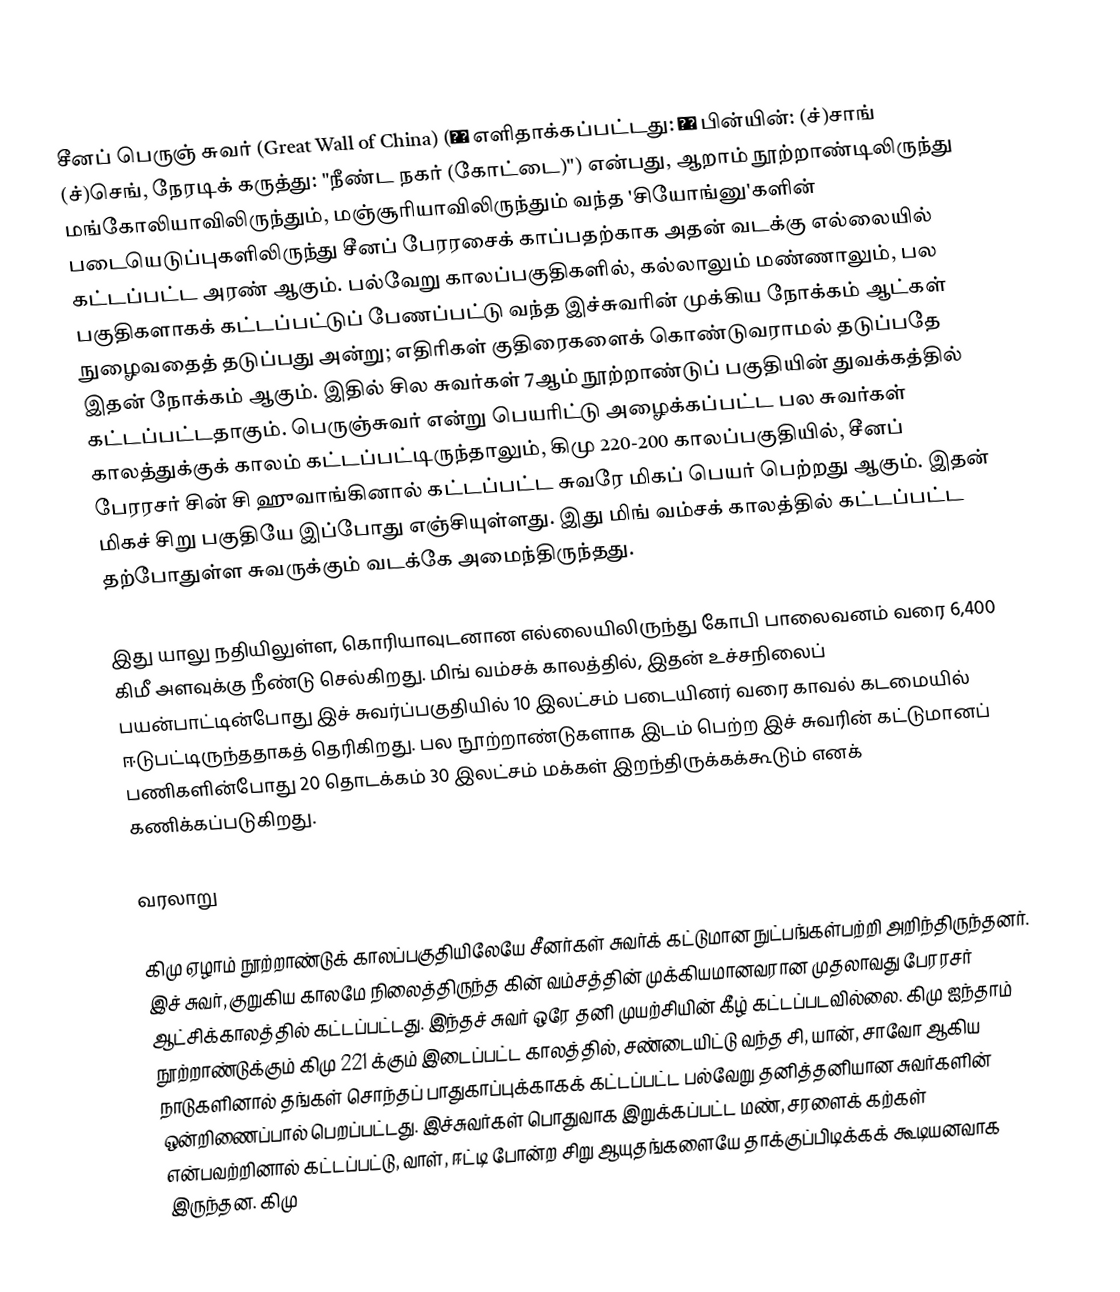
சீனப் பெருஞ் சுவர் (Great Wall of China) (長城 எளிதாக்கப்பட்டது: 长城 பின்யின்: (ச்)சாங் (ச்)செங், நேரடிக் கருத்து: "நீண்ட நகர் (கோட்டை)") என்பது, ஆறாம் நூற்றாண்டிலிருந்து மங்கோலியாவிலிருந்தும், மஞ்சூரியாவிலிருந்தும் வந்த 'சியோங்னு'களின் படையெடுப்புகளிலிருந்து சீனப் பேரரசைக் காப்பதற்காக அதன் வடக்கு எல்லையில் கட்டப்பட்ட அரண் ஆகும். பல்வேறு காலப்பகுதிகளில், கல்லாலும் மண்ணாலும், பல பகுதிகளாகக் கட்டப்பட்டுப் பேணப்பட்டு வந்த இச்சுவரின் முக்கிய நோக்கம் ஆட்கள் நுழைவதைத் தடுப்பது அன்று; எதிரிகள் குதிரைகளைக் கொண்டுவராமல் தடுப்பதே இதன் நோக்கம் ஆகும். இதில் சில சுவர்கள் 7ஆம் நூற்றாண்டுப் பகுதியின் துவக்கத்தில் கட்டப்பட்டதாகும். பெருஞ்சுவர் என்று பெயரிட்டு அழைக்கப்பட்ட பல சுவர்கள் காலத்துக்குக் காலம் கட்டப்பட்டிருந்தாலும், கிமு 220-200 காலப்பகுதியில், சீனப் பேரரசர் சின் சி ஹுவாங்கினால் கட்டப்பட்ட சுவரே மிகப் பெயர் பெற்றது ஆகும். இதன் மிகச் சிறு பகுதியே இப்போது எஞ்சியுள்ளது. இது மிங் வம்சக் காலத்தில் கட்டப்பட்ட தற்போதுள்ள சுவருக்கும் வடக்கே அமைந்திருந்தது.

இது யாலு நதியிலுள்ள, கொரியாவுடனான எல்லையிலிருந்து கோபி பாலைவனம் வரை 6,400 கிமீ அளவுக்கு நீண்டு செல்கிறது. மிங் வம்சக் காலத்தில், இதன் உச்சநிலைப் பயன்பாட்டின்போது இச் சுவர்ப்பகுதியில் 10 இலட்சம் படையினர் வரை காவல் கடமையில் ஈடுபட்டிருந்ததாகத் தெரிகிறது. பல நூற்றாண்டுகளாக இடம் பெற்ற இச் சுவரின் கட்டுமானப் பணிகளின்போது 20 தொடக்கம் 30 இலட்சம் மக்கள் இறந்திருக்கக்கூடும் எனக் கணிக்கப்படுகிறது.

வரலாறு

கிமு ஏழாம் நூற்றாண்டுக் காலப்பகுதியிலேயே சீனர்கள் சுவர்க் கட்டுமான நுட்பங்கள்பற்றி அறிந்திருந்தனர். இச் சுவர், குறுகிய காலமே நிலைத்திருந்த கின் வம்சத்தின் முக்கியமானவரான முதலாவது பேரரசர் ஆட்சிக்காலத்தில் கட்டப்பட்டது. இந்தச் சுவர் ஒரே தனி முயற்சியின் கீழ் கட்டப்படவில்லை. கிமு ஐந்தாம் நூற்றாண்டுக்கும் கிமு 221 க்கும் இடைப்பட்ட காலத்தில், சண்டையிட்டு வந்த சி, யான், சாவோ ஆகிய நாடுகளினால் தங்கள் சொந்தப் பாதுகாப்புக்காகக் கட்டப்பட்ட பல்வேறு தனித்தனியான சுவர்களின் ஒன்றிணைப்பால் பெறப்பட்டது. இச்சுவர்கள் பொதுவாக இறுக்கப்பட்ட மண், சரளைக் கற்கள் என்பவற்றினால் கட்டப்பட்டு, வாள், ஈட்டி போன்ற சிறு ஆயுதங்களையே தாக்குப்பிடிக்கக் கூடியனவாக இருந்தன. கிமு